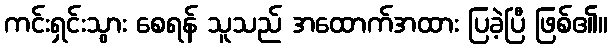
ကင်းရှင်းသွား စေရန် သူသည် အထောက်အထား ပြခဲ့ပြီ ဖြစ်၏။